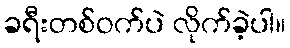
ခရီးတစ်ဝက်ပဲ လိုက်ခဲ့ပါ။